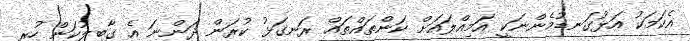
އެކަމަކު އަޅުގަނޑުމެންނަކީ އަމިއްލައަށް ކަންތައްތައް ރަނގަޅު ކުރަން ދަންނަ އެ ގާބިލުކަން ހުރި